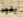
يقود